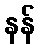
နန်